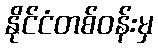
နိုင်ငံတစ်ဝန်းမှ